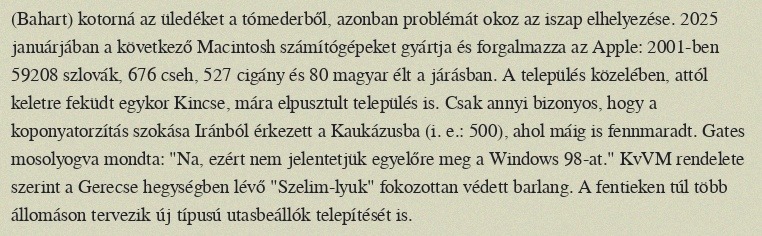
(Bahart) kotorná az üledéket a tómederből, azonban problémát okoz az iszap elhelyezése. 2025 januárjában a következő Macintosh számítógépeket gyártja és forgalmazza az Apple: 2001-ben 59208 szlovák, 676 cseh, 527 cigány és 80 magyar élt a járásban. A település közelében, attól keletre feküdt egykor Kincse, mára elpusztult település is. Csak annyi bizonyos, hogy a koponyatorzítás szokása Iránból érkezett a Kaukázusba (i. e.: 500), ahol máig is fennmaradt. Gates mosolyogva mondta: "Na, ezért nem jelentetjük egyelőre meg a Windows 98-at." KvVM rendelete szerint a Gerecse hegységben lévő "Szelim-lyuk" fokozottan védett barlang. A fentieken túl több állomáson tervezik új típusú utasbeállók telepítését is.